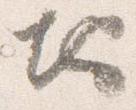
地